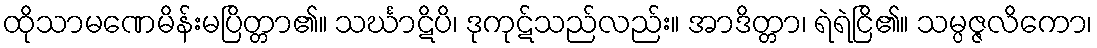
ထိုသာမဏေမိန်းမပြိတ္တာ၏။ သင်္ဃာဋိပိ၊ ဒုကုဋ်သည်လည်း။ အာဒိတ္တာ၊ ရဲရဲငြိ၏။ သမ္ပဇ္ဇလိကော၊